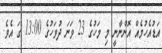
އަޑުއެހުމެއް އޮންނާނީ މި މަހުގެ 23 ވަނަ ދުވަހުގެ 13:00 ގަ އެވެ.